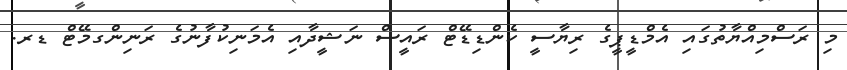
މި ރަސްމިއްޔާތުގައި އެމްޑީޕީގެ ރިޔާސީ ކެންޑިޑޭޓް ރައީސް ނަޝީދާއި އެމަނިކުފާނުގެ ރަނިންގމޭޓް ޑރ.